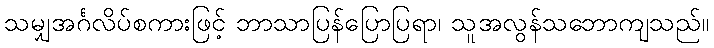
သမျှအင်္ဂလိပ်စကားဖြင့် ဘာသာပြန်ပြောပြရာ၊ သူအလွန်သဘောကျသည်။